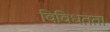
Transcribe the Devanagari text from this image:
विविधतता